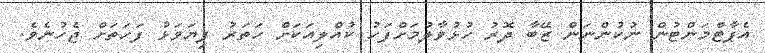
އެޕާޓްމަންޓުން ނުކުންނަން ޒޭބާ ދޮރު ހުޅުވާލުމަށްފަހު ކުއްލިއަކަށް ހަތަރު ފިޔަވަޅު ފަހަތަށް ޖެހުނެވެ.